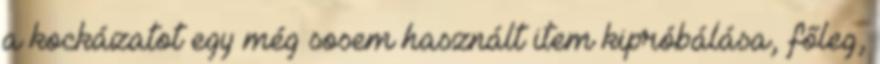
a kockázatot egy még sosem használt item kipróbálása, főleg,